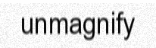
unmagnify